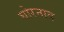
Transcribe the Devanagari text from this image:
घोरनाद